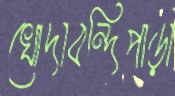
খোদাবন্দিপাড়া